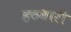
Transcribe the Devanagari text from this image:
हठधारी